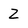
Character: Z